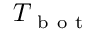
T _ { \mathrm { ~ b ~ o ~ t ~ } }